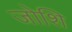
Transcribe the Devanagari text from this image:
जोशि